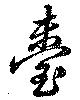
臺